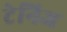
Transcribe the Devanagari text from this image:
टेनिज